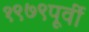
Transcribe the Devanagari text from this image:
१९७९पूर्वी